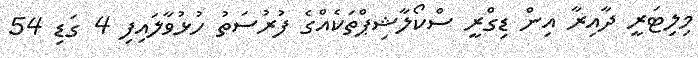
މިލިޓަރީ ދާއިރާ އިން ޑިގްރީ ސްކޯލާޝިޕްތަކެއްގެ ފުރުސަތު ހުޅުވާލައިފި 4 ގަޑި 54